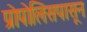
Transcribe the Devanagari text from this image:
प्रोपोलिसपासून